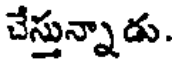
చేస్తున్నాడు.